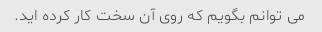
می توانم بگویم که روی آن سخت کار کرده اید.